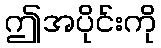
ဤအပိုင်းကို